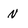
Character: n